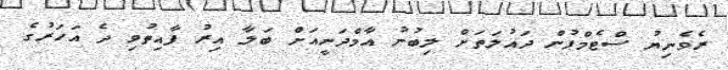
ރެވެނިޔު ސްޓެމްޕުން ދައުލަތަށް ލިބުނު އާމްދަނީއަށް ބަލާ އިރު ފާއިތުވި ދެ އަހަރުގެ